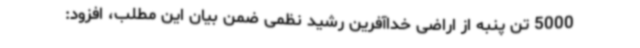
5000 تن پنبه از اراضی خداآفرین رشید نظمی ضمن بیان این مطلب، افزود: